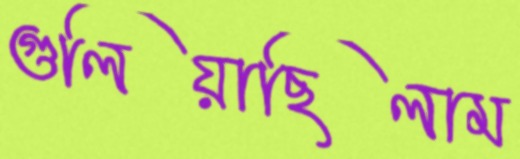
গুলিয়াছিলাম